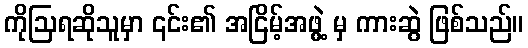
ကိုဩရဆိုသူမှာ ၎င်း၏ အငြိမ့်အဖွဲ့ မှ ကားဆွဲ ဖြစ်သည်။